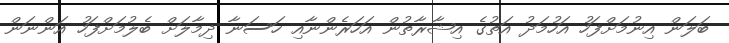
ބަލަން އިނުމަށްފަހު އަހުމަދު އަތުގެ އިޝާރާތުން އަހަރެންނާއި ހަސަނާ ދިމާލަށް ބެލުމަށްފަހު އަންނަން